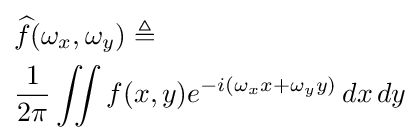
{\begin{aligned}&{\widehat {f}}(\omega _{x},\omega _{y})\triangleq \\&{\frac {1}{2\pi }}\iint f(x,y)e^{-i(\omega _{x}x+\omega _{y}y)}\,dx\,dy\end{aligned}}